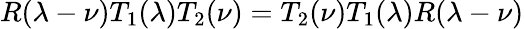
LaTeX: R(\lambda-\nu)T_{1}(\lambda)T_{2}(\nu)=T_{2}(\nu)T_{1}(\lambda)R(\lambda-\nu)